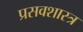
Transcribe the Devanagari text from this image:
प्रसवशास्त्र